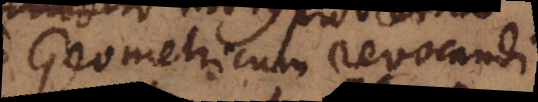
Geometricum revocandi